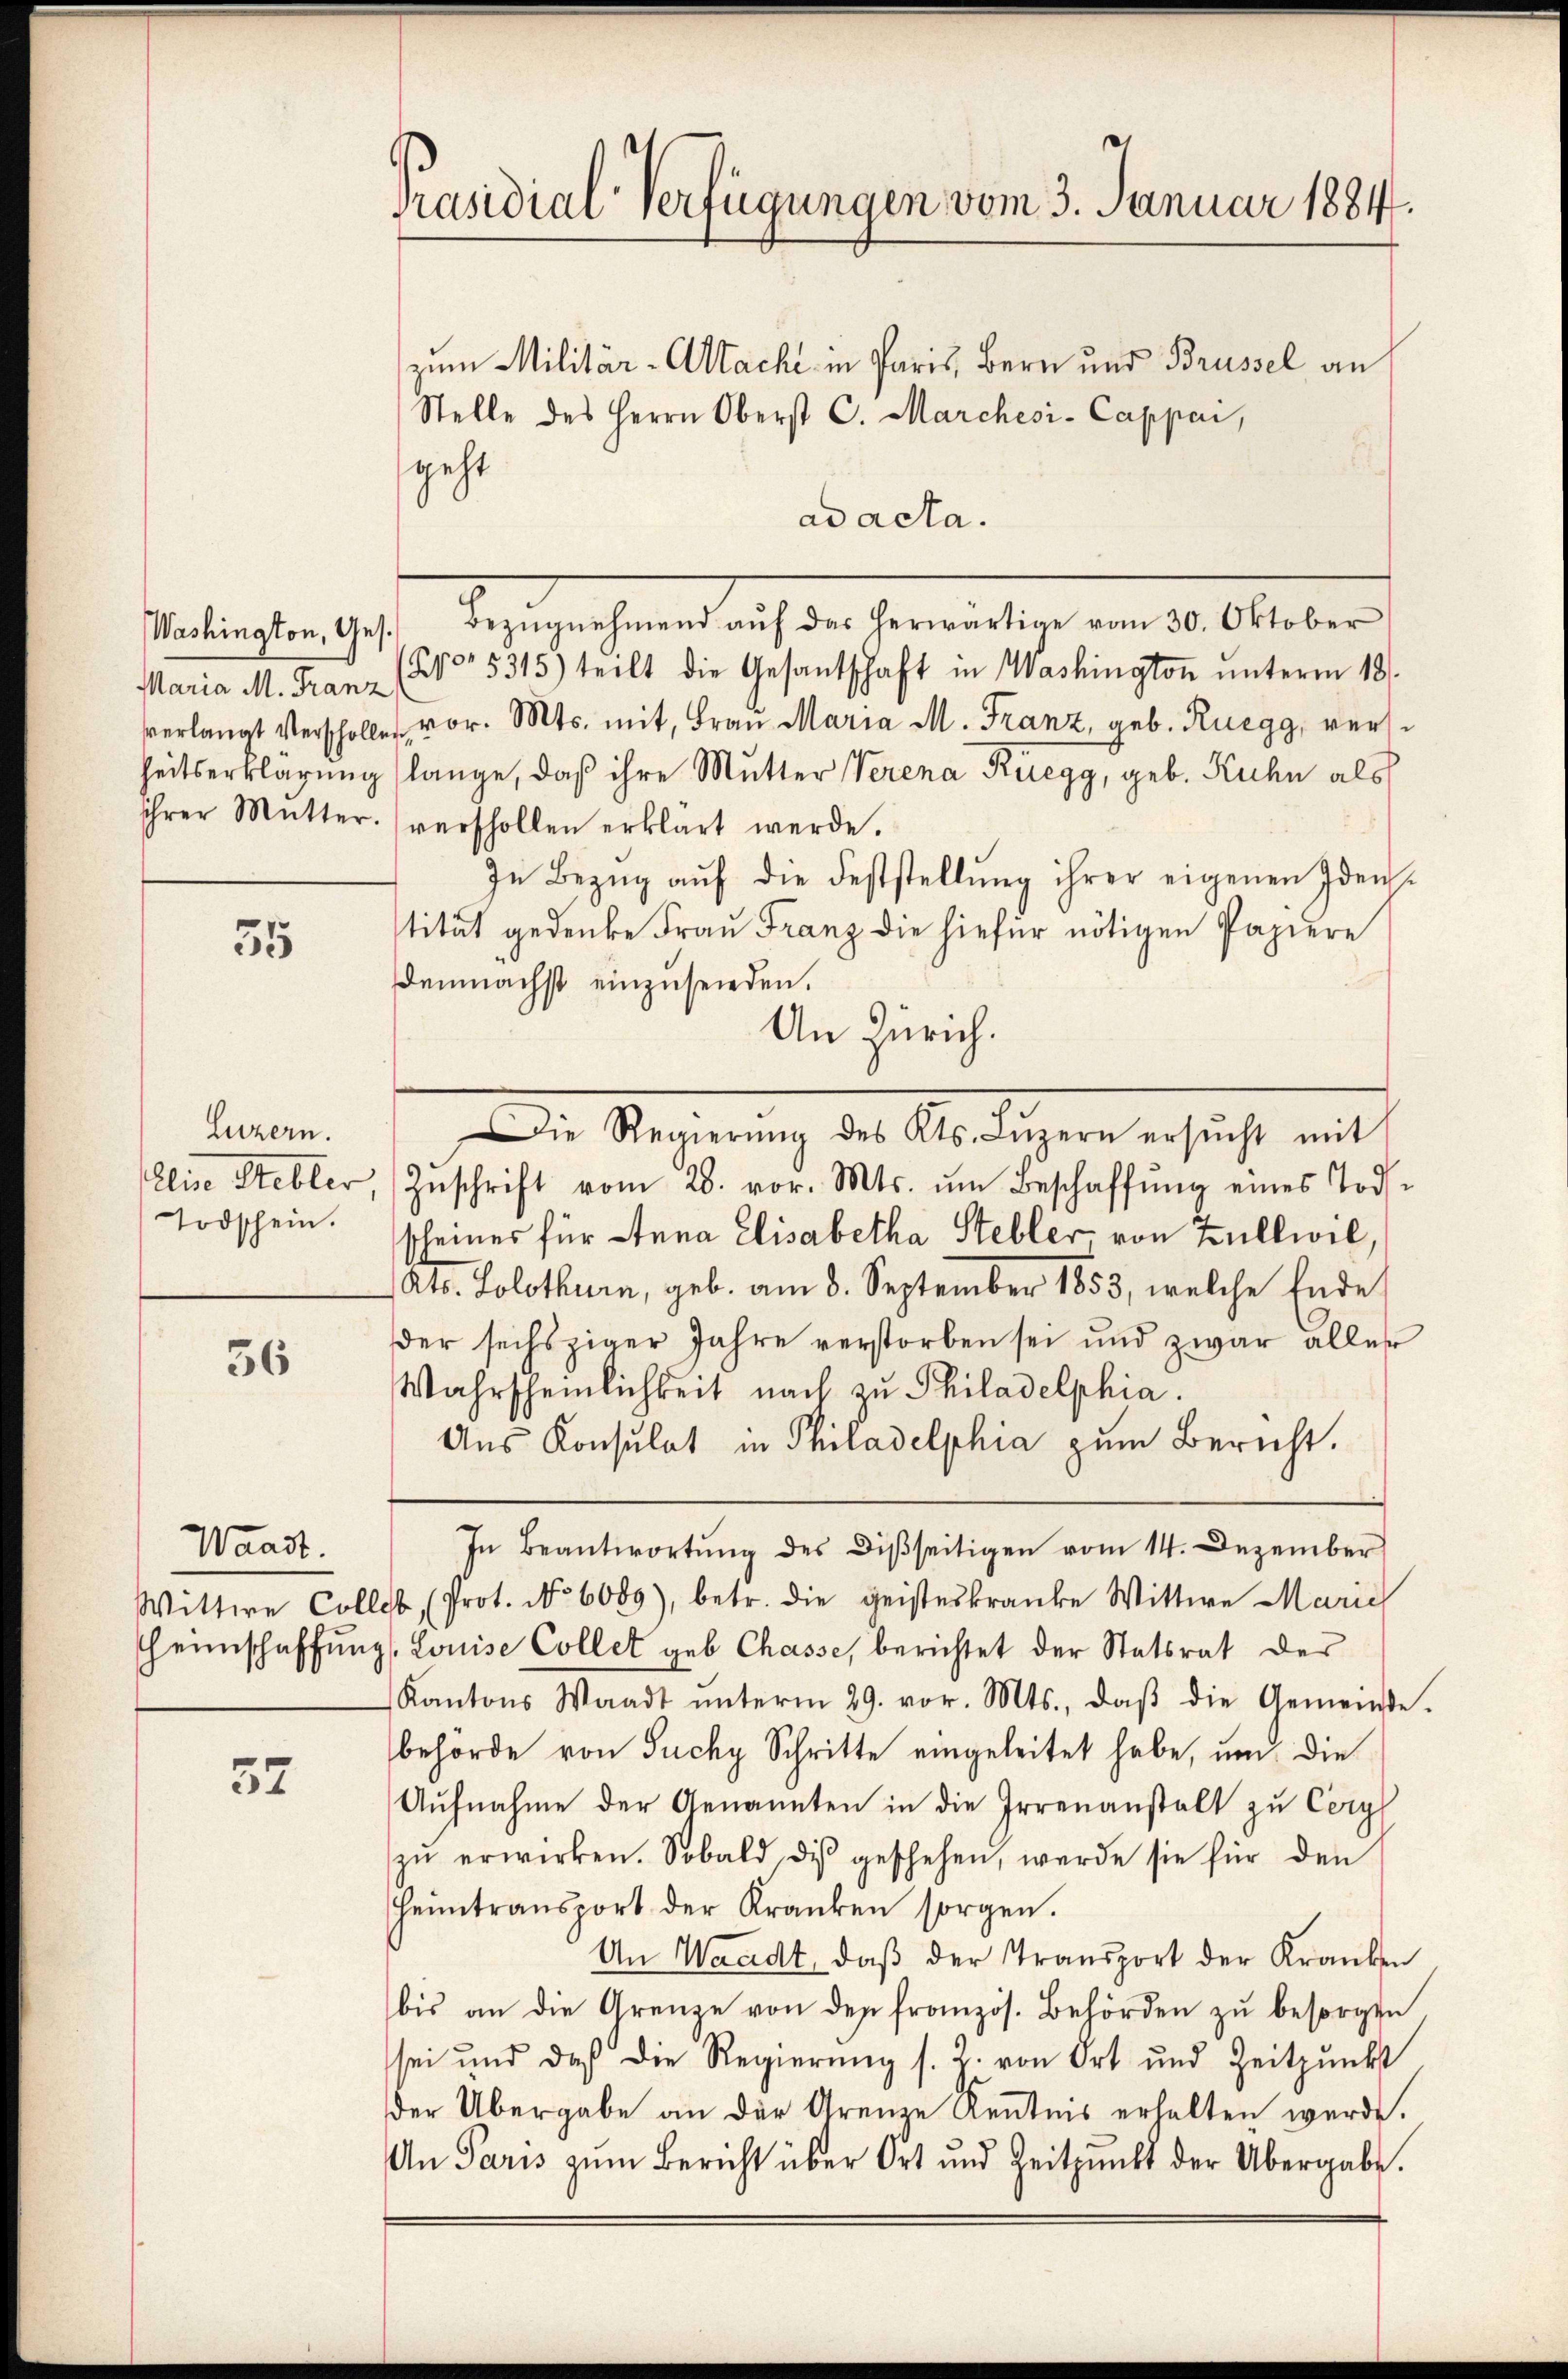
Maria M. Franz

35

Luzern.
Todschein.

36

Waadt.

32

Praudial-Verfügungen vom 3. Januar 1884.
zum Militär-Atacht in Paris, Bern und Brüssel an
Stelle des Herrn Oberst C. Marchesi-Cappai,

.
geht
ad acta.
Washington, Ges. Bezŭgnehmend aŭf das herwärtige vom 30. Oktober
(No. 5315) teilt die Gesantschaft in Washington ŭnterm 18.
verlangt verscholle vor. Mts. mit, Frau Maria M. Franz, geb. Ruegg, versheitserklärung (lange, daß ihre Mutter Verena Rüegg, geb. Kuhn als
ihrer Mutter. (verschollen erklärt werde.
In Bezŭg aŭf die Feststellŭng ihrer eigenen Idenstitut gedenke Frau Franz die hiefür nötigen Papiere
demnächst einzusenden.
An Zürich.
Die Regierŭng des Kts. Lŭzern ersŭcht mit
Elise Stebler, Zŭschrift vom 28. vor. Mts. ŭm Beschaffŭng eines Tod.
scheines für Anna Elisabetha Steller von Zullwil,
Kts. Solothurn, geb. am 3. September 1853, welche Ende
der sechsziger Jahre verstorben sei und zwar alles
Wahrscheinlichkeit nach zu Philadelphia
Ans Konsulat in Philadelphia zum Bericht.
In Beantwortŭng des Disseitigen vom 14. Dezember
Wittwe Collet, (Prot. No 6089), betr. die geisteskranke Wittwe Marie
heimschaffung Louise Collet geb Chasse, berichtet der Statsrat der
Kantons Waadt ŭnterm 29. vor. Mts., daβ die Gemeinde.
behörde von Suchy Schritte eingeleitet habe, um die
Aŭfnahme der Genannten in die Irrenanstalt zu Cery
zŭ erwirken. Sobald dis geschehen, werde sie für den
Heimtransport der Kranken sorgen.
An Waadt, daβ der Transport der Kranken
bis an die Grenze von der französ. Behörden zu besorgen
sei und daß die Regierung s. Z. von Ort und Zeitpunkt
der Übergabe an der Grenze Kenntnis erhalten werde.
An Paris zum Bericht über Ort und Zeitpunkt der Übergabe.